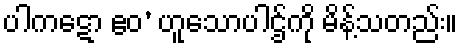
ပါကဋော ဧဝ’ ဟူသောပါဌ်ကို မိန့်သတည်း။